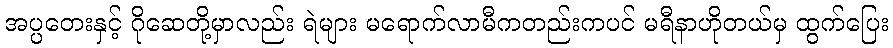
အပ္ပတေးနှင့် ဂိုဆေတို့မှာလည်း ရဲများ မရောက်လာမီကတည်းကပင် မရီနာဟိုတယ်မှ ထွက်ပြေး